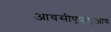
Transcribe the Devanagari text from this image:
आयसीएफएआय